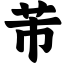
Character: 芾